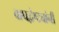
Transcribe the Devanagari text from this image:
वाघद्वेष्ट्यांनी